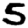
Digit: 5